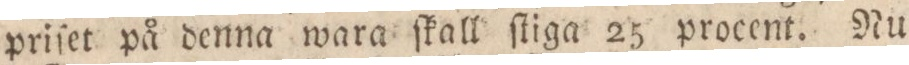
priſet på denna wara ſkall ſtiga 25 procent. Nu